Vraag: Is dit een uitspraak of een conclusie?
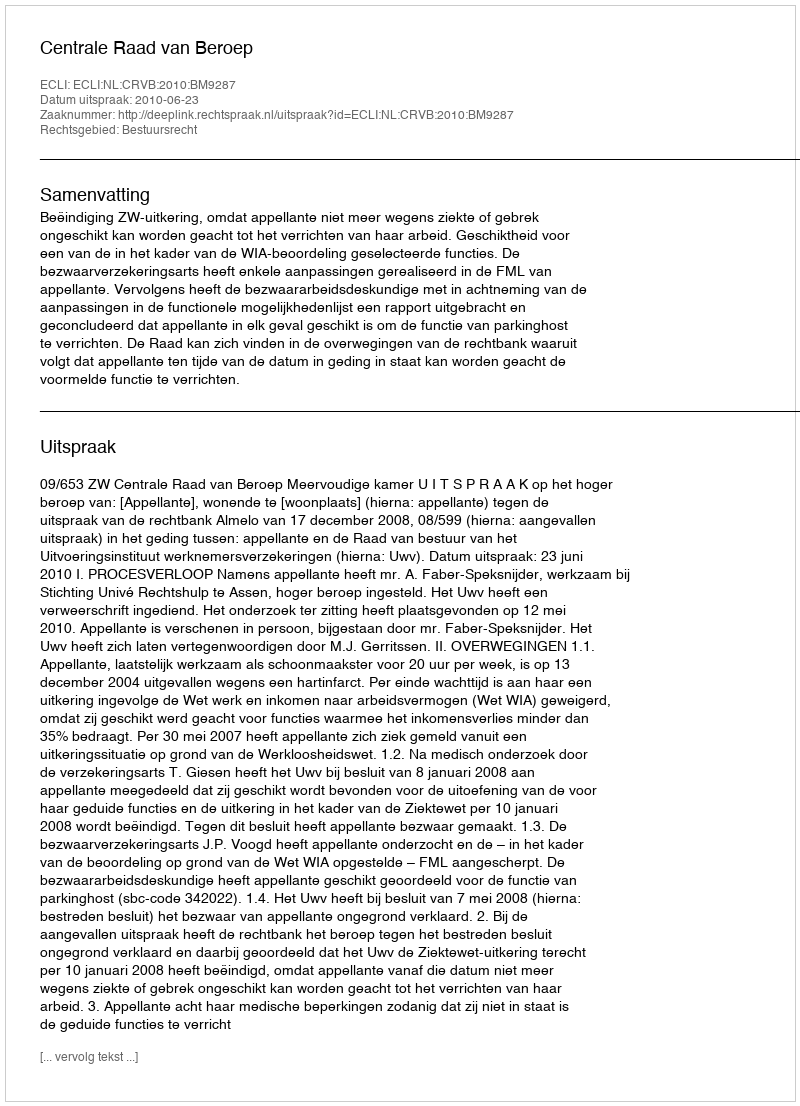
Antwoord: Uitspraak